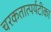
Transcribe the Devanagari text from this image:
चरकतात्पर्यटीका